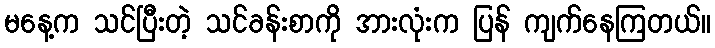
မနေ့က သင်ပြီးတဲ့ သင်ခန်းစာကို အားလုံးက ပြန် ကျက်နေကြတယ်။